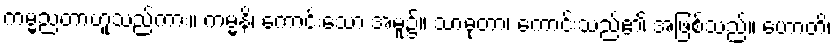
ကမ္မညတာဟူသည်ကား။ ကမ္မနိ၊ ကောင်းသော အမူ၌။ သာဓုတာ၊ ကောင်းသည်၏ အဖြစ်သည်။ ဟောတိ၊